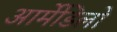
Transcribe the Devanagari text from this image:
आर्मेडिलो